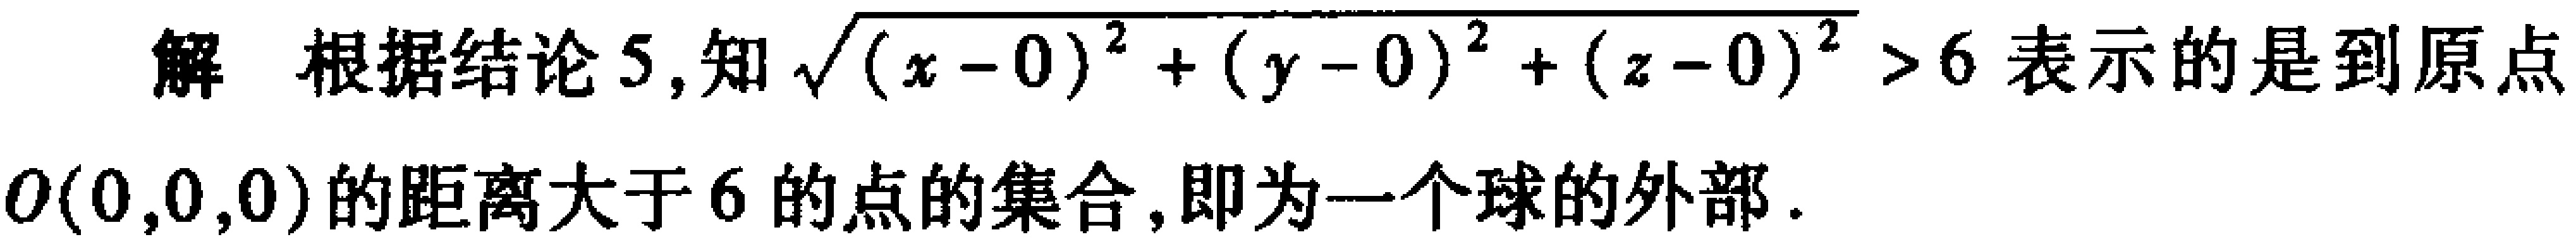
解 根据结论5,知$\sqrt{(x - 0)^2 + (y - 0)^2 + (z - 0)^2}>6$表示的是到原点

$O(0,0,0)$的距离大于$6$的点的集合,即为一个球的外部.